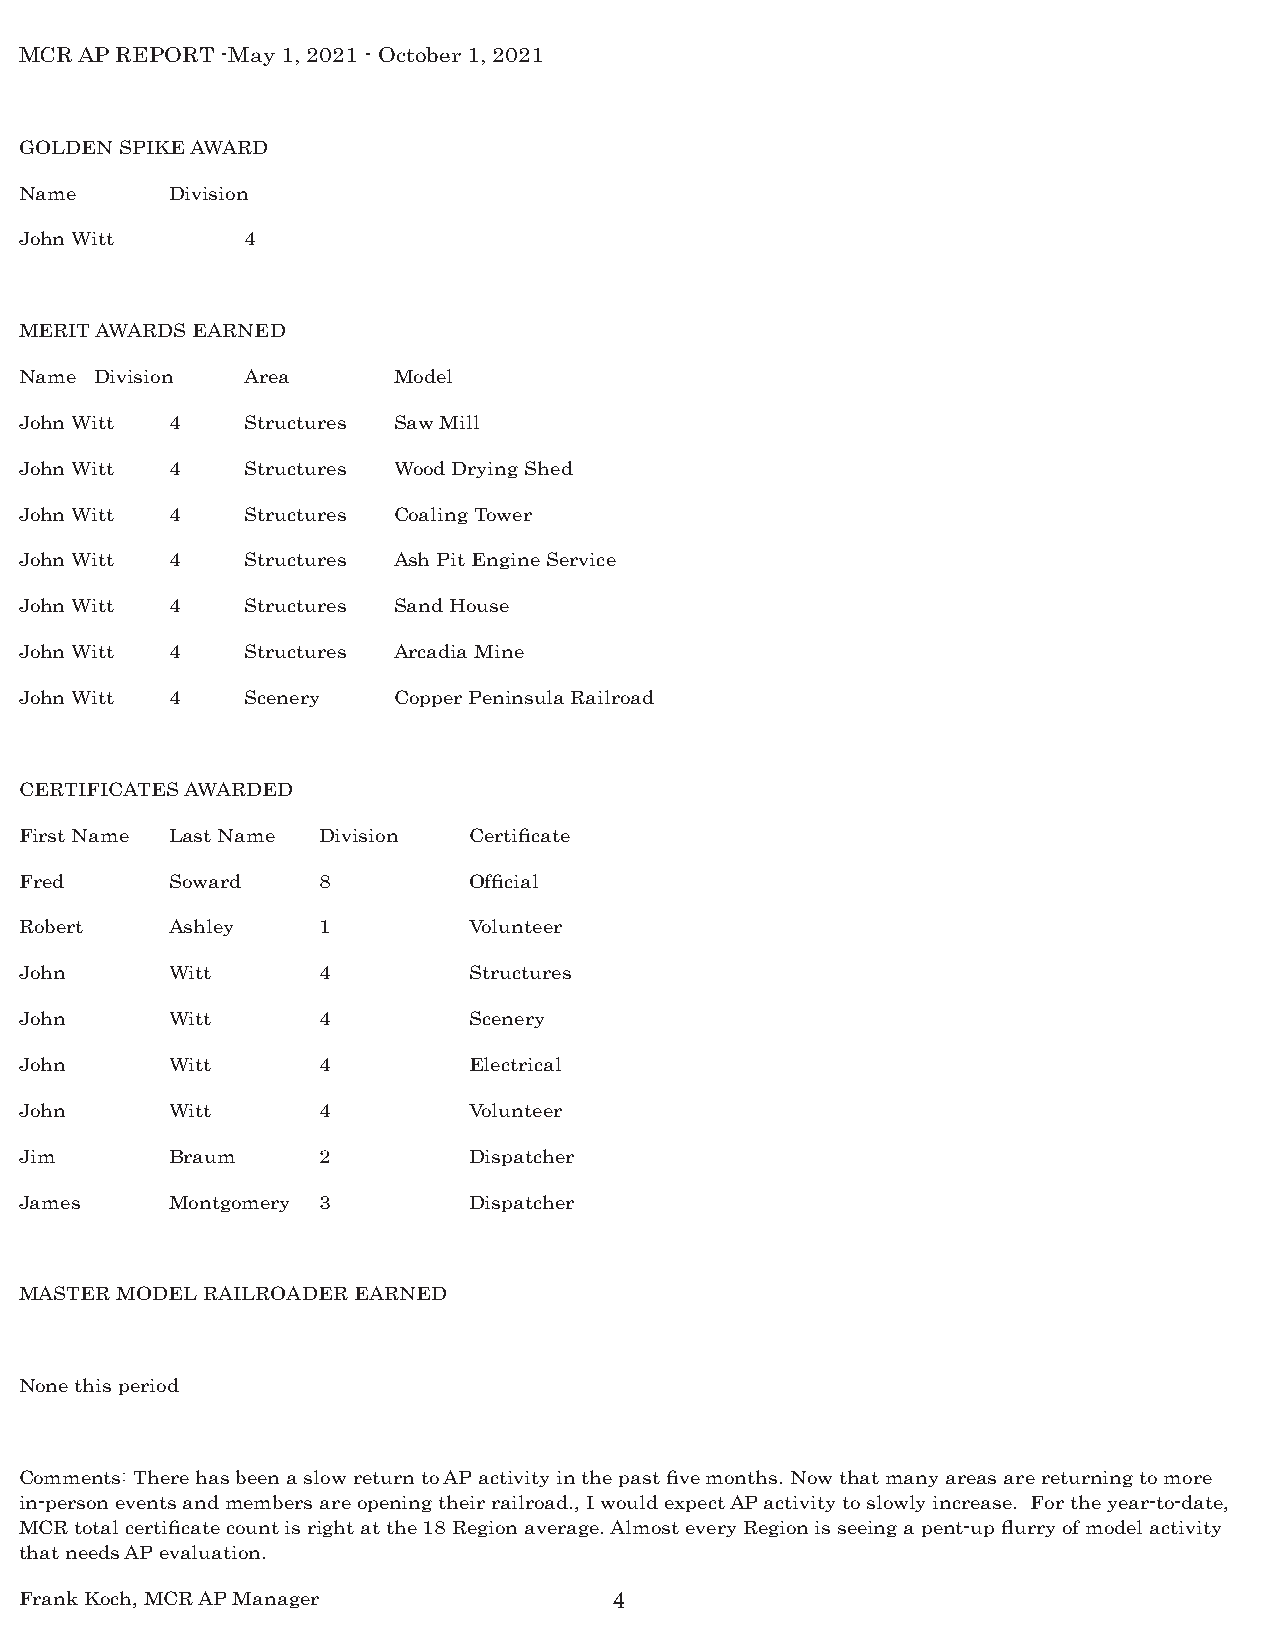
MCR AP REPORT -May 1, 2021 - October 1, 2021
 GOLDEN SPIKE AWARD
 Name      Division
 John Witt      4
 MERIT AWARDS EARNED
 Name Division  Area      Model
 John Witt 4    Structures Saw Mill
 John Witt 4    Structures Wood Drying Shed
 John Witt 4    Structures Coaling Tower
 John Witt 4    Structures Ash Pit Engine Service
 John Witt 4    Structures Sand House
 John Witt 4    Structures Arcadia Mine
 John Witt 4    Scenery   Copper Peninsula Railroad
 CERTIFICATES AWARDED
 First Name Last Name Division Certificate
 Fred      Soward    8         Official
 Robert    Ashley    1         Volunteer
 John      Witt      4         Structures
 John      Witt      4         Scenery
 John      Witt      4         Electrical
 John      Witt      4         Volunteer
 Jim       Braum     2         Dispatcher
 James     Montgomery 3        Dispatcher
 MASTER MODEL RAILROADER EARNED
 None this period
 Comments: There has been a slow return to AP activity in the past five months. Now that many areas are returning to more
 in-person events and members are opening their railroad., I would expect AP activity to slowly increase. For the year-to-date,
 MCR total certificate count is right at the 18 Region average. Almost every Region is seeing a pent-up flurry of model activity
 that needs AP evaluation.
 Frank Koch, MCR AP Manager              4